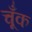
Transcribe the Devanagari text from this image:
चूँक